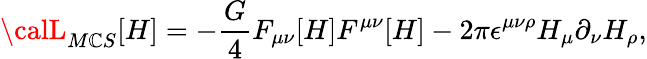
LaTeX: {\calL}_{M\mathbb{C}S}[H]=-\frac{{G}}{{4}}F_{\mu\nu}[H]F^{\mu\nu}[H]-2\pi\epsilon^{\mu\nu\rho}H_{\mu}\partial_{\nu}H_{\rho},